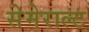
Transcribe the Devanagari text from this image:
सेमेराल्ट